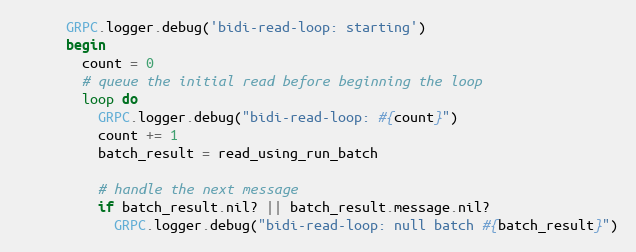
Language: Ruby
      GRPC.logger.debug('bidi-read-loop: starting')
      begin
        count = 0
        # queue the initial read before beginning the loop
        loop do
          GRPC.logger.debug("bidi-read-loop: #{count}")
          count += 1
          batch_result = read_using_run_batch

          # handle the next message
          if batch_result.nil? || batch_result.message.nil?
            GRPC.logger.debug("bidi-read-loop: null batch #{batch_result}")